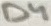
Text: D4